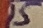
Text: 15